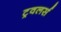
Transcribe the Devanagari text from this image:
ट्रवलर्स